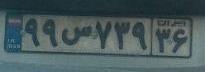
۹۹س۷۳۹۳۶